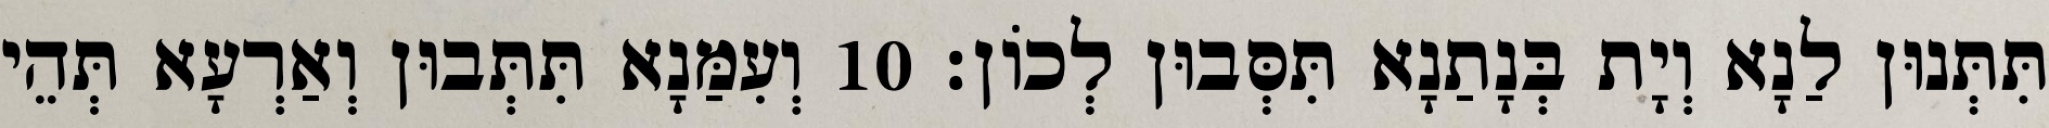
תִּתְּנוּן לַנָא וְיָת בְּנָתַנָא תִּסְּבוּן לְכוֹן׃ 10 וְעִמַּנָא תִּתְּבוּן וְאַרְעָא תְּהֵי